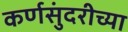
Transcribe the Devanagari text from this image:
कर्णसुंदरीच्या